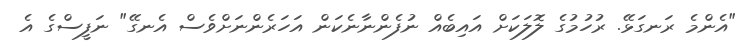
"އެންމެ ރަނގަޅޭ. ރުހުމުގެ ލޮލަކަށް އައިބެއް ނުފެންނާނެކަން އަހަރެންނަށްވެސް އެނގޭ" ނަފީސްގެ އެ